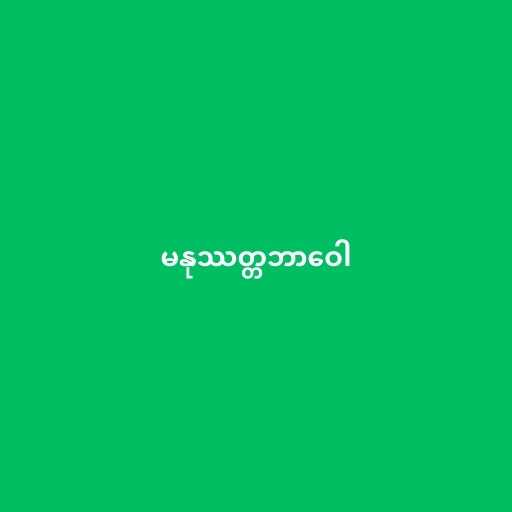
မနုဿတ္တဘာဝေါ